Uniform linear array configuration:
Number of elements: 32
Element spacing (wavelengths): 1
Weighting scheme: hann
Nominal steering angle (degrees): -15
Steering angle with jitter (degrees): -14.092
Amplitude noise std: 0.05
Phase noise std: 0.05

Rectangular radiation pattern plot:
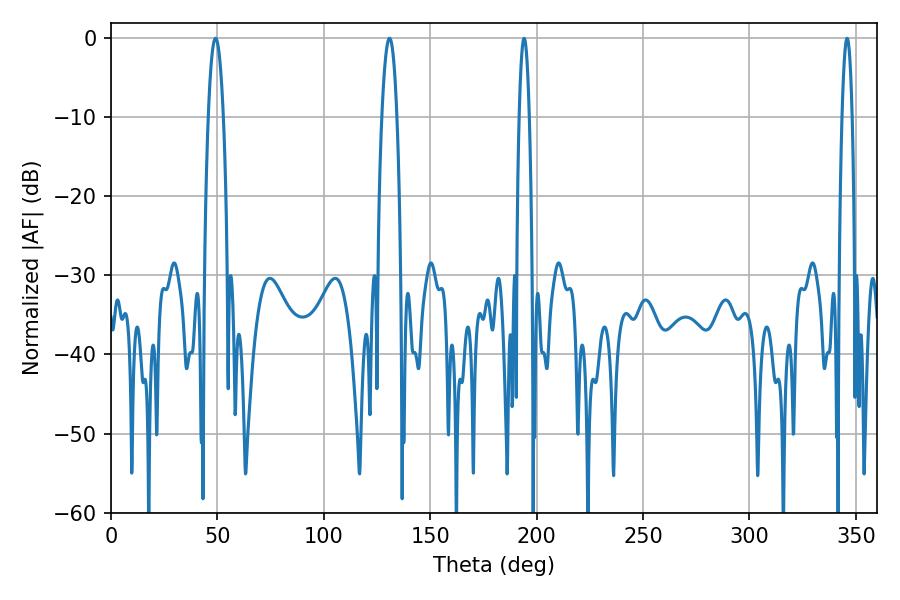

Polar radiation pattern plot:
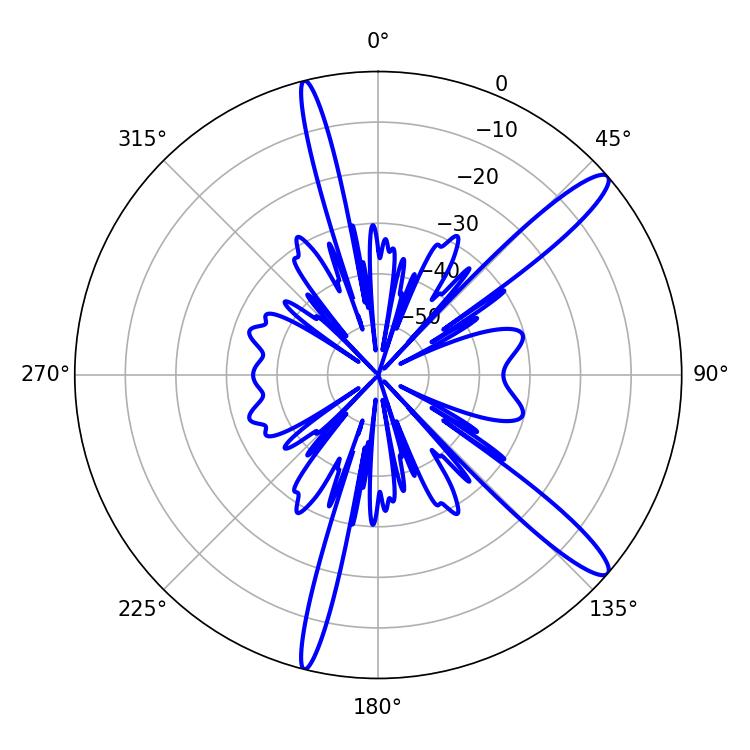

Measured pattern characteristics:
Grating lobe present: TRUE
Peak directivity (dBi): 13.576
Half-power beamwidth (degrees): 3.96
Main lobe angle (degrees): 49.14